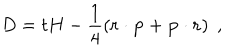
D = t H - \frac { 1 } { 4 } \left( { \bf r } \cdot { \bf p } + { \bf p } \cdot { \bf r } \right) \; ,